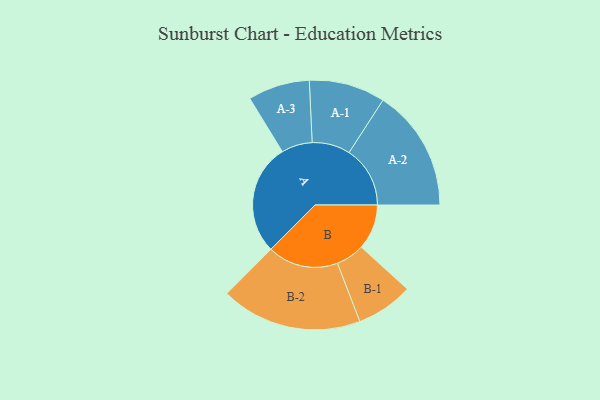
{"axis": {"x": "Segment", "y": "Value"}, "legend": ["", "A", "B"], "data": [{"x": "A", "y": 463, "type": ""}, {"x": "B", "y": 189, "type": ""}, {"x": "A-1", "y": 159, "type": "A"}, {"x": "A-2", "y": 255, "type": "A"}, {"x": "A-3", "y": 129, "type": "A"}, {"x": "B-1", "y": 119, "type": "B"}, {"x": "B-2", "y": 295, "type": "B"}]}